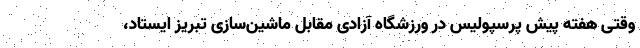
وقتی هفته پیش پرسپولیس در ورزشگاه آزادی مقابل ماشین‌سازی تبریز ایستاد،